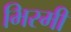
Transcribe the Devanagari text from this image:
भिरमी